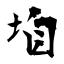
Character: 垍